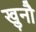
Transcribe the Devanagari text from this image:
खुनौ